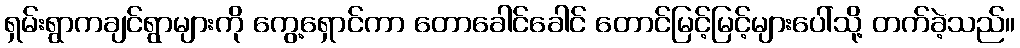
ရှမ်းရွာကချင်ရွာများကို ကွေ့ရှောင်ကာ တောခေါင်ခေါင် တောင်မြင့်မြင့်များပေါ်သို့ တက်ခဲ့သည်။